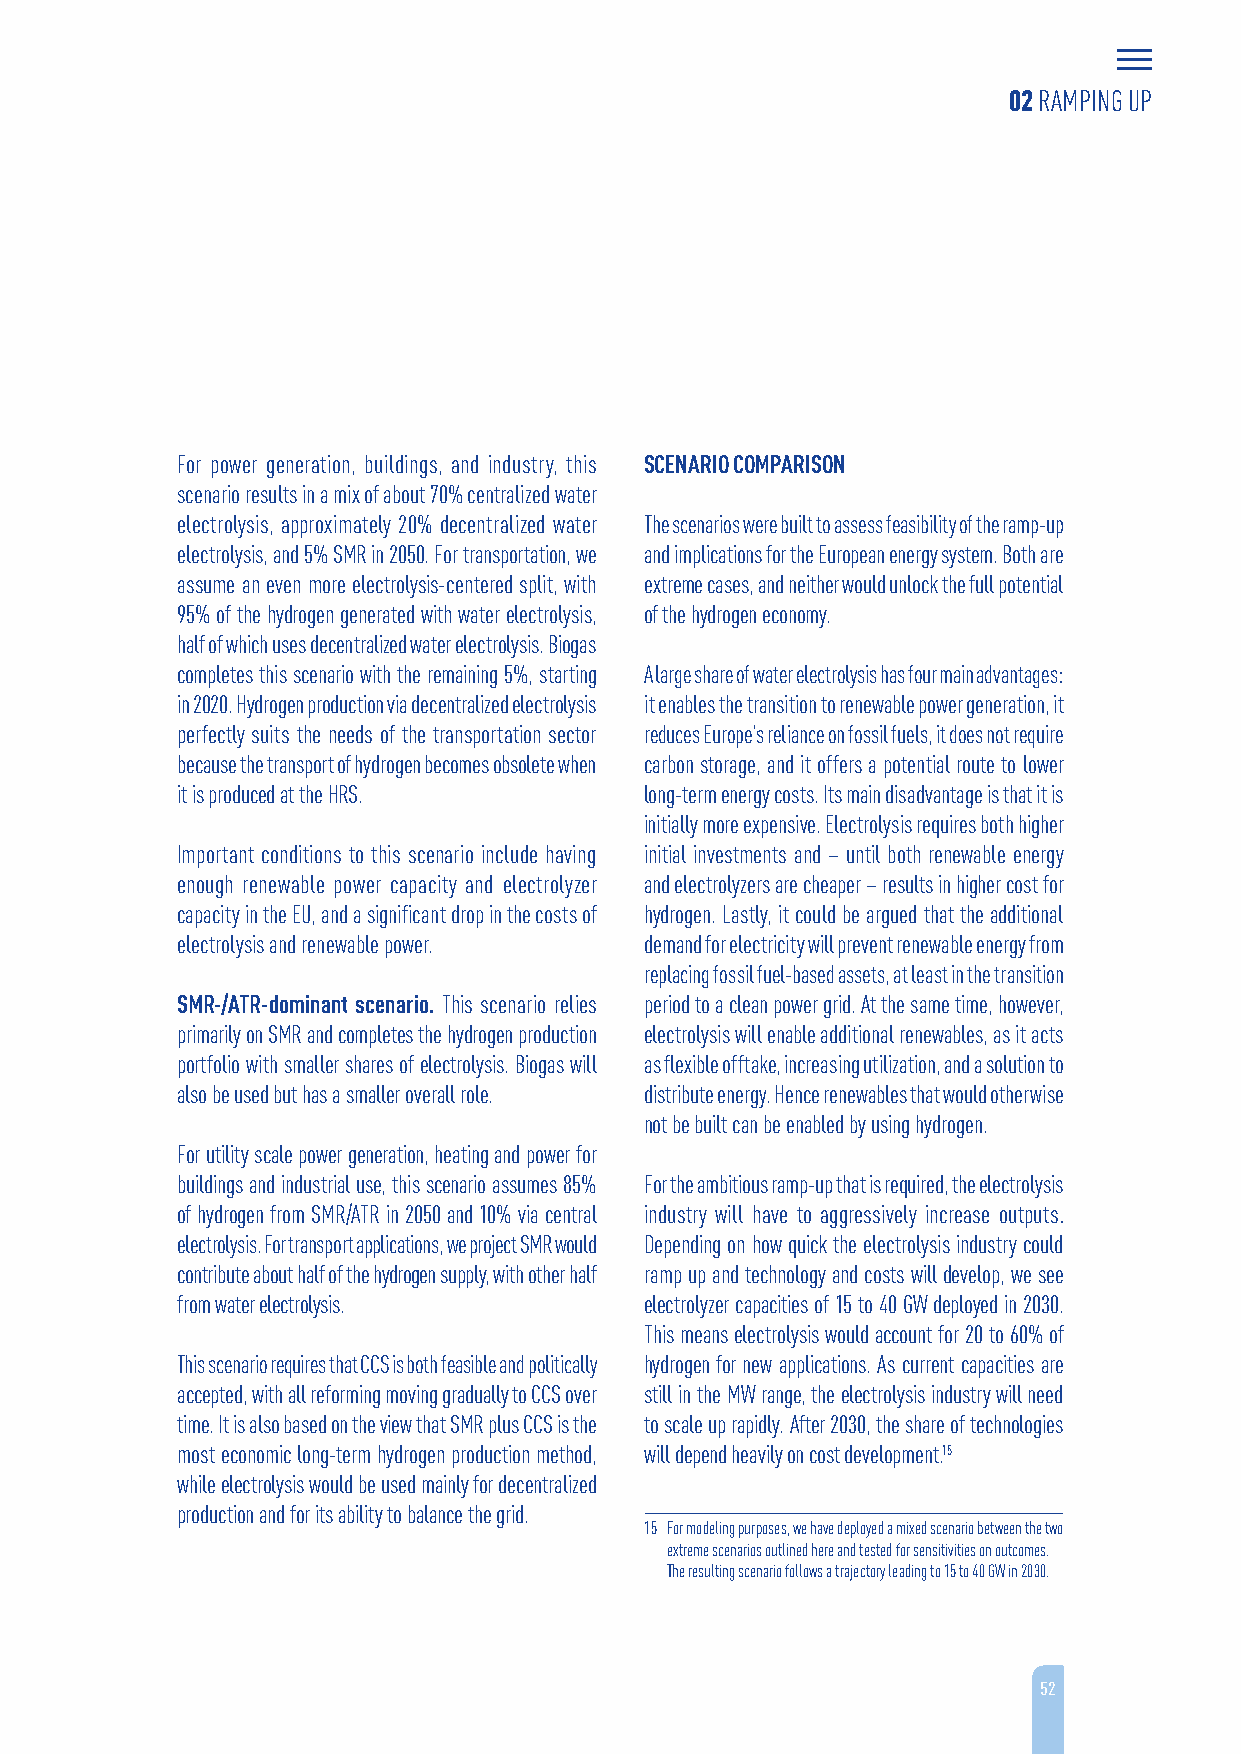
02 RAMPING UP
 For power generation, buildings, and industry, this SCENARIO COMPARISON
 scenario results in a mix of about 70% centralized water
 electrolysis, approximately 20% decentralized water The scenarios were built to assess feasibility of the ramp-up
 electrolysis, and 5% SMR in 2050. For transportation, we and implications for the European energy system. Both are
 assume an even more electrolysis-centered split, with extreme cases, and neither would unlock the full potential
 95% of the hydrogen generated with water electrolysis, of the hydrogen economy.
 half of which uses decentralized water electrolysis. Biogas
 completes this scenario with the remaining 5%, starting A large share of water electrolysis has four main advantages:
 in 2020. Hydrogen production via decentralized electrolysis it enables the transition to renewable power generation, it
 perfectly suits the needs of the transportation sector reduces Europe’s reliance on fossil fuels, it does not require
 because the transport of hydrogen becomes obsolete when carbon storage, and it offers a potential route to lower
 it is produced at the HRS.     long-term energy costs. Its main disadvantage is that it is
 initially more expensive. Electrolysis requires both higher
 Important conditions to this scenario include having initial investments and – until both renewable energy
 enough renewable power capacity and electrolyzer and electrolyzers are cheaper – results in higher cost for
 capacity in the EU, and a significant drop in the costs of hydrogen. Lastly, it could be argued that the additional
 electrolysis and renewable power. demand for electricity will prevent renewable energy from
 replacing fossil fuel-based assets, at least in the transition
 SMR-/ATR-dominant scenario. This scenario relies period to a clean power grid. At the same time, however,
 primarily on SMR and completes the hydrogen production electrolysis will enable additional renewables, as it acts
 portfolio with smaller shares of electrolysis. Biogas will as flexible offtake, increasing utilization, and a solution to
 also be used but has a smaller overall role. distribute energy. Hence renewables that would otherwise
 not be built can be enabled by using hydrogen.
 For utility scale power generation, heating and power for
 buildings and industrial use, this scenario assumes 85% For the ambitious ramp-up that is required, the electrolysis
 of hydrogen from SMR/ATR in 2050 and 10% via central industry will have to aggressively increase outputs.
 electrolysis. For transport applications, we project SMR would Depending on how quick the electrolysis industry could
 contribute about half of the hydrogen supply, with other half ramp up and technology and costs will develop, we see
 from water electrolysis.       electrolyzer capacities of 15 to 40 GW deployed in 2030.
 This means electrolysis would account for 20 to 60% of
 This scenario requires that CCS is both feasible and politically hydrogen for new applications. As current capacities are
 accepted, with all reforming moving gradually to CCS over still in the MW range, the electrolysis industry will need
 time. It is also based on the view that SMR plus CCS is the to scale up rapidly. After 2030, the share of technologies
 most economic long-term hydrogen production method, will depend heavily on cost development.15
 while electrolysis would be used mainly for decentralized
 production and for its ability to balance the grid.
 15 For modeling purposes, we have deployed a mixed scenario between the two
 extreme scenarios outlined here and tested for sensitivities on outcomes.
 The resulting scenario follows a trajectory leading to 15 to 40 GW in 2030.
 52